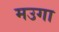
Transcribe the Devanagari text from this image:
मउगा